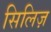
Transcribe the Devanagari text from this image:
सिलिज़